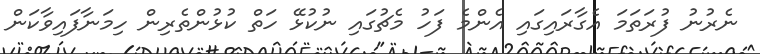
ނެރުނު ފުރަތަމަ އެގާރައިގައި އެންމެ ފަހު މެޗުގައި ނުކުޅޭ ހަތް ކުޅުންތެރިން ހިމަނާފައިވާކަން